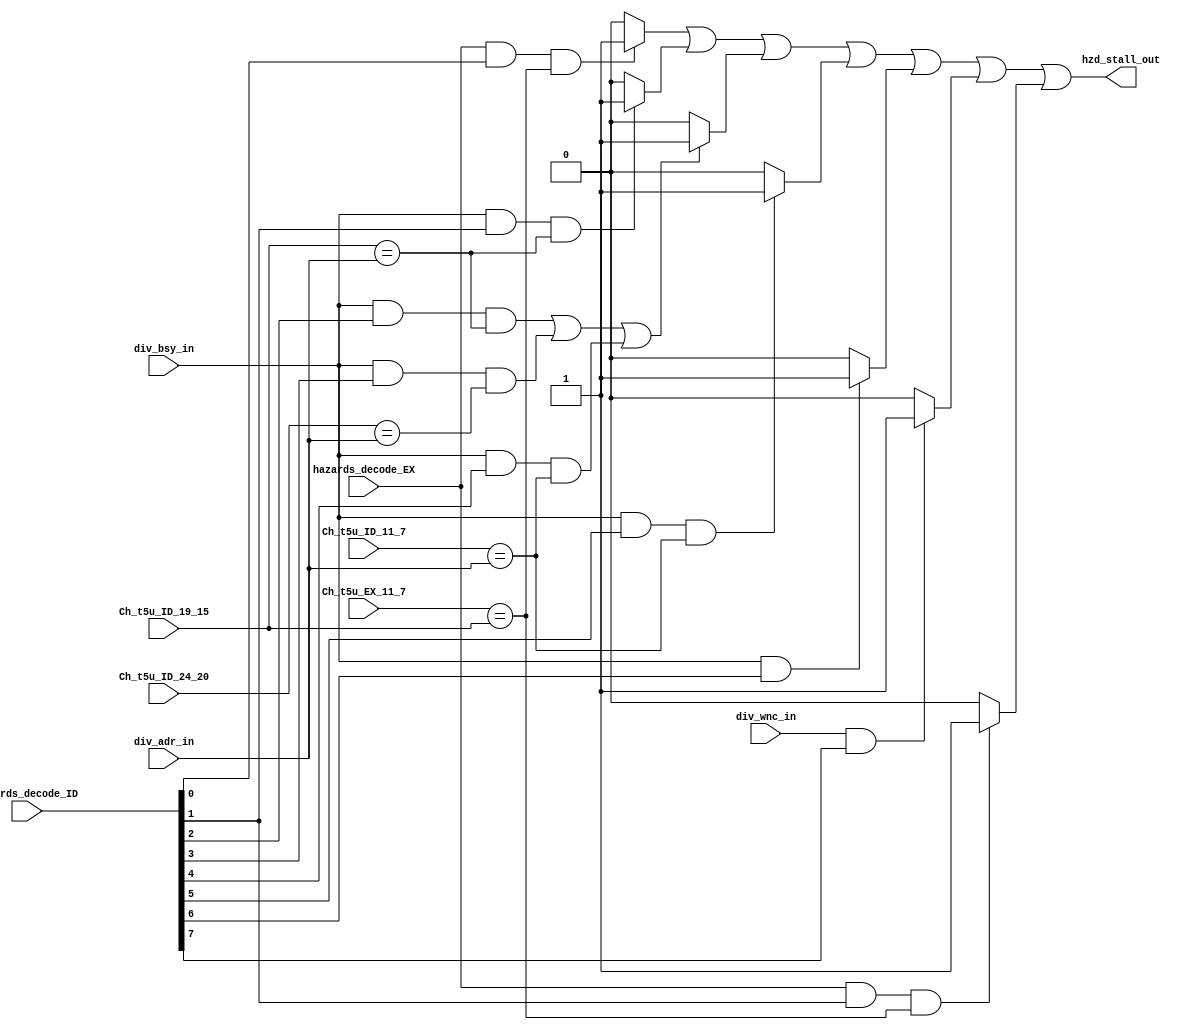

// File generated by Go version U-2022.12#33f3808fcb#221128, Thu Jan 25 16:08:15 2024
// Copyright 2014-2022 Synopsys, Inc. All rights reserved.
// go -I../lib -F -DSYNTHESIS_NO_UNGROUP -D__tct_patch__=0 -Verilog -otrv32p3_cnn_vlog -cgo_options.cfg -Itrv32p3_cnn_vlog/tmp_pdg -updg -updg_controller trv32p3_cnn



`timescale 1ns/1ps

// module hazards : hazards
module hazards
  ( input  [7:0] hazards_decode_ID,
    input        hazards_decode_EX,
    input  [4:0] Ch_t5u_EX_11_7, // t5u
    input  [4:0] Ch_t5u_ID_11_7, // t5u
    input  [4:0] Ch_t5u_ID_19_15, // t5u
    input  [4:0] Ch_t5u_ID_24_20, // t5u
    input  [4:0] div_adr_in, // t5unz
    input        div_bsy_in, // t1u
    input        div_wnc_in, // t1u
    output       hzd_stall_out
  );


  wire   hzd_stall;

  reg    jalr_readHWraw;
  reg    read_after_divHWraw;
  reg    read_after_div_1HWraw;
  reg    write_after_divHWwaw;
  reg    div_busyHWnoDep;
  reg    div_wpHWnoDep;
  reg    agu_read_after_writeHWraw;


  assign hzd_stall = jalr_readHWraw || read_after_divHWraw || read_after_div_1HWraw
      || write_after_divHWwaw || div_busyHWnoDep || div_wpHWnoDep
      || agu_read_after_writeHWraw;

  assign hzd_stall_out = hzd_stall;

  always @ (*)

  begin : p_hazards

    if (                     // jalr_readHWraw1stEX and jalr_readHWraw2ndID
         (hazards_decode_EX && hazards_decode_ID[0]
           && Ch_t5u_EX_11_7 == Ch_t5u_ID_19_15))
      jalr_readHWraw = 1'b1; // ctrl.n:262
    else
      jalr_readHWraw = 1'b0;

    if (                          // read_after_divHWraw1stEX and read_after_divHWraw2ndID
         (div_bsy_in && hazards_decode_ID[1]
           && Ch_t5u_ID_19_15 == div_adr_in))
      read_after_divHWraw = 1'b1; // div.n:93
    else
      read_after_divHWraw = 1'b0;

    if (                            // read_after_div_1HWraw1stEX and read_after_div_1HWraw2ndID
         (div_bsy_in && hazards_decode_ID[2]
           && Ch_t5u_ID_19_15 == div_adr_in)
                                    // read_after_div_1HWraw1stEX and read_after_div_1HWraw2nd1ID
      || (div_bsy_in && hazards_decode_ID[3]
           && Ch_t5u_ID_24_20 == div_adr_in)
                                    // read_after_div_1HWraw1stEX and read_after_div_1HWraw2nd2ID
      || (div_bsy_in && hazards_decode_ID[4]
           && Ch_t5u_ID_11_7 == div_adr_in))
      read_after_div_1HWraw = 1'b1; // div.n:93
    else
      read_after_div_1HWraw = 1'b0;

    if (                           // write_after_divHWwaw1stEX and write_after_divHWwaw2ndID
         (div_bsy_in && hazards_decode_ID[5]
           && Ch_t5u_ID_11_7 == div_adr_in))
      write_after_divHWwaw = 1'b1; // div.n:102
    else
      write_after_divHWwaw = 1'b0;

    if (                      // div_busyHWnoDep1stEX and div_busyHWnoDep2ndID
         (div_bsy_in && hazards_decode_ID[6]))
      div_busyHWnoDep = 1'b1; // div.n:111
    else
      div_busyHWnoDep = 1'b0;

    if (                    // div_wpHWnoDep1stEX and div_wpHWnoDep2ndID
         (div_wnc_in && hazards_decode_ID[7]))
      div_wpHWnoDep = 1'b1; // div.n:120
    else
      div_wpHWnoDep = 1'b0;

    if (                                // agu_read_after_writeHWraw1stEX and agu_read_after_writeHWraw2ndID
         (hazards_decode_EX && hazards_decode_ID[1]
           && Ch_t5u_EX_11_7 == Ch_t5u_ID_19_15))
      agu_read_after_writeHWraw = 1'b1; // ldst.n:145
    else
      agu_read_after_writeHWraw = 1'b0;

  end

endmodule